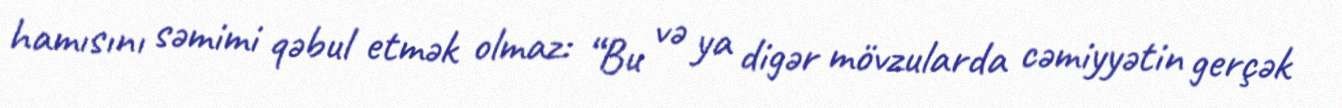
hamısını səmimi qəbul etmək olmaz: “Bu və ya digər mövzularda cəmiyyətin gerçək